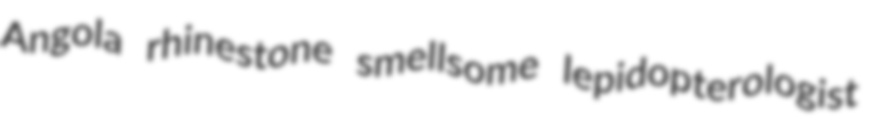
Angola rhinestone smellsome lepidopterologist